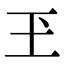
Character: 玊